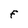
Character: F